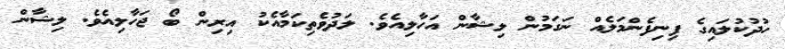
ހުދުކުލައިގެ ފިނިފެންމަލެއް ނަގަމުން ލިޝާން އަހާލިއެވެ. ލަދުވެތިކަމާއެކު އިރިން ބޯ ޖަހާލިއެވެ. ލިޝާން